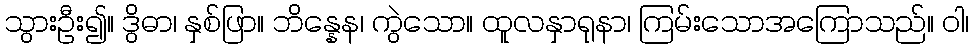
သွားဦး၍။ ဒွိဓာ၊ နှစ်ဖြာ။ ဘိန္နေန၊ ကွဲသော။ ထူလနှာရုနာ၊ ကြမ်းသောအကြောသည်။ ဝါ၊